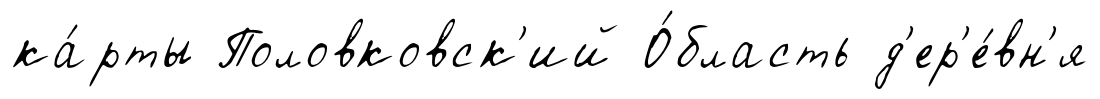
ка́рты Половковск'ий О́бласть д'ер'е́вн'я